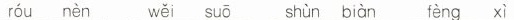
rou nen wei suo shun bian feng xi